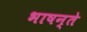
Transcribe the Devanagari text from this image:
भाषन्ते